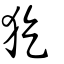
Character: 犵